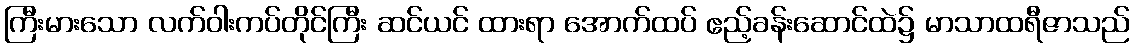
ကြီးမားသော လက်ဝါးကပ်တိုင်ကြီး ဆင်ယင် ထားရာ အောက်ထပ် ဧည့်ခန်းဆောင်ထဲ၌ မာသာထရီဇာသည်